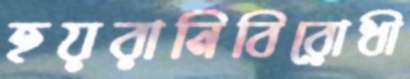
হয়রানিবিরোধী